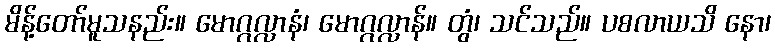
မိန့်တော်မူသနည်း။ မောဂ္ဂလ္လာနံ၊ မောဂ္ဂလ္လာန်။ တွံ၊ သင်သည်။ ပစလာယသိ နော၊